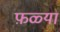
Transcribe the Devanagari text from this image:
फ़ळ्या